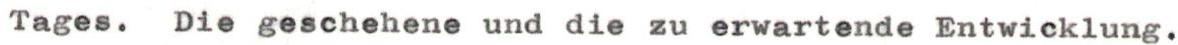
Tages. Die geschehene und die zu erwartende Entwicklung.